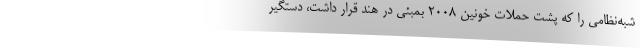
شبه‌نظامی را که پشت حملات خونین ۲۰۰۸ بمبئی در هند قرار داشت، دستگیر